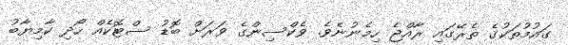
ގައުމުތަކުގެ ތެރޭގައި ރާއްޖެ ހިމެނުނެވެ. ވެކްސިންގެ ވަރަށް ބޮޑު ސްޓޮކެއް ހޯދި ކާމިޔާބު